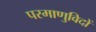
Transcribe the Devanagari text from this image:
परमाणुविदों